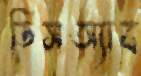
ডিসঅ্যাব